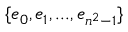
\{ e _ { 0 } , e _ { 1 } , . . . , e _ { n ^ { 2 } - 1 } \}